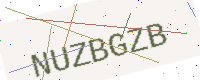
Text: NUZBGZB